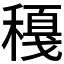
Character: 𥢈